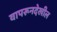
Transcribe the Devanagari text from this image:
वापरूनदेखील